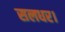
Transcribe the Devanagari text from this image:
सलधर।